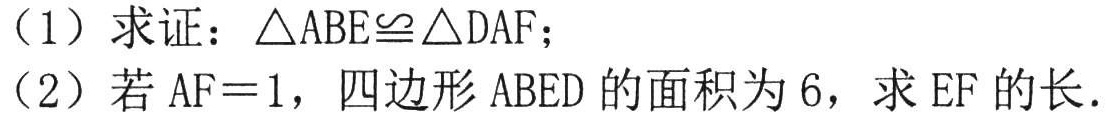
（1）求证：\(\triangle ABE\cong\triangle DAF\)；
（2）若\(AF = 1\)，四边形\(ABED\)的面积为\(6\)，求\(EF\)的长.